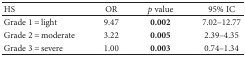
<table><thead><tr><td><b>HS</b></td><td><b>OR</b></td><td><b><i>p</i> value</b></td><td><b>95% IC</b></td></tr></thead><tbody><tr><td>Grade 1 = light</td><td>9.47</td><td><b>0.002</b></td><td>7.02–12.77</td></tr><tr><td>Grade 2 = moderate</td><td>3.22</td><td><b>0.005</b></td><td>2.39–4.35</td></tr><tr><td>Grade 3 = severe</td><td>1.00</td><td><b>0.003</b></td><td>0.74–1.34</td></tr></tbody></table>